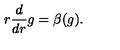
r \frac { d } { d r } g = \beta ( g ) .